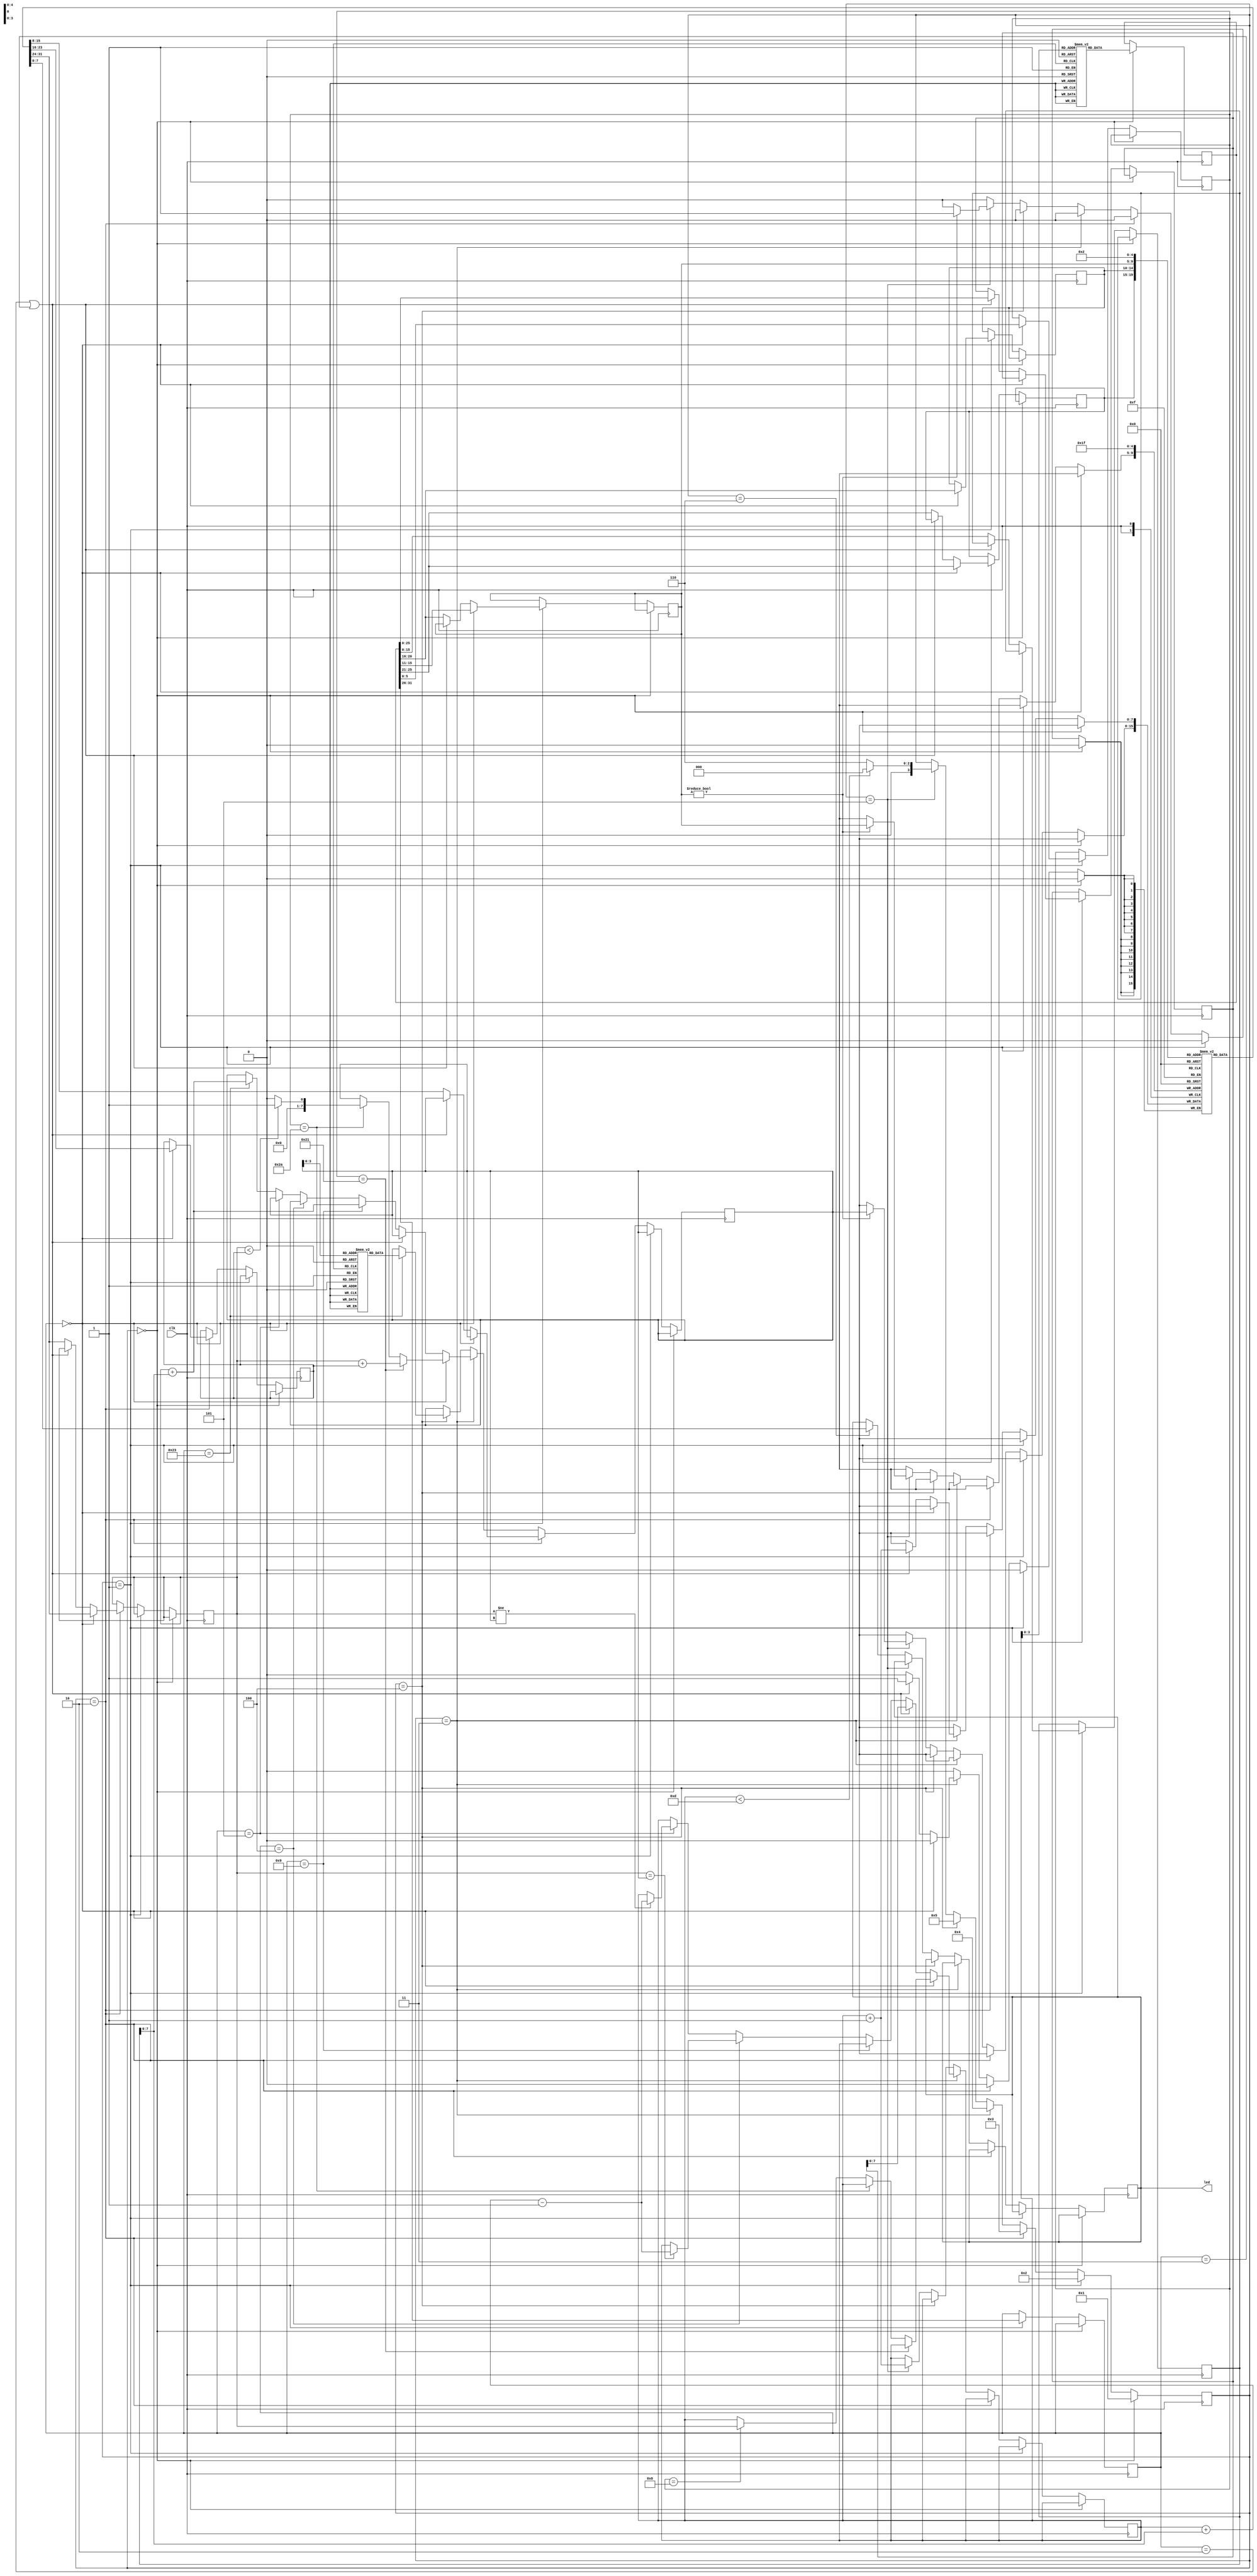
`timescale 1ns / 1ps
//////////////////////////////////////////////////////////////////////////////////
// Company: 
// Engineer: 
// 
// Design Name: 
// Module Name:    inst_memory 
// Project Name: 
// Target Devices: 
// Tool versions: 
// Description: 
//
// Dependencies: 
//
// Revision: 
// Revision 0.01 - File Created
// Additional Comments: 
//
//////////////////////////////////////////////////////////////////////////////////
`define MAX_PC 8'd13
`define OUTPUT_REG 8'd2

module inst_memory(clk, led);

input clk;

output [7:0]led;
reg [7:0]led;

reg [31:0]inst_memory [0:13];
reg [7:0]data_memory [0:10];
reg [3:0]state = 4'b0;
reg [7:0]regfile [0:31];
reg [5:0]opcode;
reg [5:0]func;
reg [4:0]sr;
reg [4:0]st;
reg [4:0]sd;
reg [7:0]sr_val;
reg [7:0]st_val;
reg [7:0]sd_val;
reg [15:0]immediate;
reg [25:0]jump_val;
reg [31:0]curr_inst;
reg [7:0]PC = 8'd12;


initial begin
	// Sum
	inst_memory[0] = {6'h9, 5'h0, 5'h2, 16'h0};
	inst_memory[1] = {6'h9, 5'h0, 5'h3, 16'h0};
	inst_memory[2] = {6'h0, 5'h3, 5'h1, 5'h4, 5'h0, 6'h2a};
	inst_memory[3] = {6'h4, 5'h0, 5'h4, 16'h8};
	inst_memory[4] = {6'h9, 5'h0, 5'h5, 16'ha};
	// Loop
	inst_memory[5] = {6'h4, 5'h5, 5'h3, 5'h3, 16'h6};
	inst_memory[6] = {6'h23, 5'h3, 5'h6, 16'h0};
	inst_memory[7] = {6'h0, 5'h2, 5'h6, 5'h2, 5'h0, 6'h21};
	inst_memory[8] = {6'h9, 5'h3, 5'h3, 16'h1};
	inst_memory[9] = {6'h0, 5'h3, 5'h1, 5'h4, 5'h0, 6'h2a};
	inst_memory[10] = {6'h5, 5'h0, 5'h4, 16'hfffb};
	// Exit
	inst_memory[11]= {6'h0, 5'h1f, 5'h0, 5'h0, 5'h0, 6'h8};
	inst_memory[12]= {6'h23, 5'h0, 5'h1, 16'ha};
	inst_memory[13]= {6'h3, 26'h0};   
	
end

// Initialise array[10] and n
initial begin
	data_memory[0] = 8'h1;
	data_memory[1] = 8'h1;
	data_memory[2] = 8'h1;
	data_memory[3] = 8'h1;
	data_memory[4] = 8'h1;
	data_memory[5] = 8'h1;
	data_memory[6] = 8'h1;
	data_memory[7] = 8'h1;
	data_memory[8] = 8'h1;
	data_memory[9] = 8'h1;
	data_memory[10] = 8'ha; //n
	
end

initial begin
	regfile[0] = 0;
	regfile[1] = 0;
	regfile[2] = 0;
	regfile[3] = 0;
	regfile[4] = 0;
	regfile[5] = 0;
	regfile[6] = 0;
	regfile[7] = 0;
	regfile[8] = 0;
	regfile[9] = 0;
	regfile[10] = 0;
	regfile[11] = 0;
	regfile[12] = 0;
	regfile[13] = 0;
	regfile[14] = 0;
	regfile[15] = 0;
	regfile[16] = 0;
	regfile[17] = 0;
	regfile[18] = 0;
	regfile[19] = 0;
	regfile[20] = 0;
	regfile[21] = 0;
	regfile[22] = 0;
	regfile[23] = 0;
	regfile[24] = 0;
	regfile[25] = 0;
	regfile[26] = 0;
	regfile[27] = 0;
	regfile[28] = 0;
	regfile[29] = 0;
	regfile[30] = 0;
	regfile[31] = 0;
end
	


always @(posedge clk) begin
	if(state == 0) begin
		curr_inst <= inst_memory[PC];
		state <= 1;
	end
	
	else if(state == 1) begin
		opcode <= curr_inst[31:26];
		if(opcode == 0) begin
			sr <= curr_inst[25:21];
			st <= curr_inst[20:16];
			sd <= curr_inst[15:11];
			func <= curr_inst[5:0];
		end
		else if (opcode == 2 || opcode == 3) begin
			jump_val <= curr_inst[25:0];
		end
		else begin
			sr <= curr_inst[25:21];
			sd <= curr_inst[20:16];
			immediate <= curr_inst[15:0];
		end
		state <= 2;
	end
	
	// Reads the source registers
	else if(state == 2) begin
		if(opcode == 0) begin
			sr_val <= regfile[sr];
			st_val <= regfile[st];
		end
		else if (opcode == 2 || opcode == 3) begin
		end
		else begin
			sr_val <= regfile[sr];
			sd_val <= regfile[sd];
		end
		state <= 3;
	end
	
	else if(state == 3) begin
		if(opcode == 0) begin
			
			if(func == 6'h21) begin // addu inst
				sd_val <= $unsigned(sr_val) + $unsigned(st_val);
			end

			else if(func == 6'h2a) begin // slt inst
				if($signed(sr_val) < $signed(st_val)) sd_val <= 1;
				else sd_val <= 0;
			end

			else if(func == 6'h8) begin // jr inst
				PC <= sr_val;
			end

		end

		else if (opcode == 2 || opcode == 3) begin
		// jal inst
			regfile[31] <= PC+1;
			PC <= jump_val[7:0];
		end

		else begin
			if(opcode == 6'h9) begin //addiu inst
				sd_val <= $unsigned(sr_val) + immediate[7:0];
			end

			else if(opcode == 6'h4) begin // beq inst
				if(sr_val == sd_val) begin
					PC <= PC + immediate[7:0] - 1;
				end
			end

			else if(opcode == 6'h5) begin // bne inst
				if(sr_val != sd_val) begin
					PC <= PC + immediate[7:0] - 1;
				end
			end

			else if(opcode == 6'h23) begin // lw inst
				sd_val <= sr_val + immediate[7:0];
			end
		end
		state <= 4;
	end
	
	else if(state == 4) begin
		if(opcode == 6'h23) begin // lw inst
			sd_val <= data_memory[sd_val];
		end
		state <= 5;
	end
	
	else if(state == 5) begin
		if(sd != 0) begin
			regfile[sd] <= sd_val;
		end
		
		PC <= PC + 1;
		if(PC < `MAX_PC) begin
			state <= 0;
		end
		
		else state <= 6;
	end

	else if(state == 6) begin
		led <= regfile[`OUTPUT_REG];
	end
end

endmodule